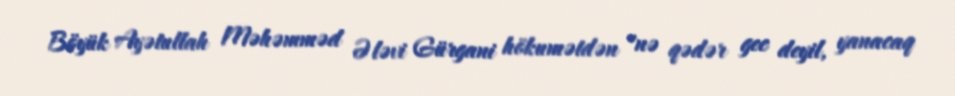
Böyük Ayətullah Məhəmməd Ələvi Gürgani hökumətdən "nə qədər gec deyil, yanacaq